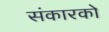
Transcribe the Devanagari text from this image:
संकारको